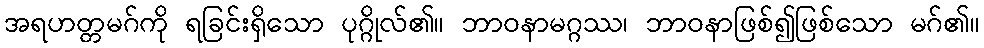
အရဟတ္တမဂ်ကို ရခြင်းရှိသော ပုဂ္ဂိုလ်၏။ ဘာဝနာမဂ္ဂဿ၊ ဘာဝနာဖြစ်၍ဖြစ်သော မဂ်၏။